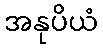
အနုပိယံ